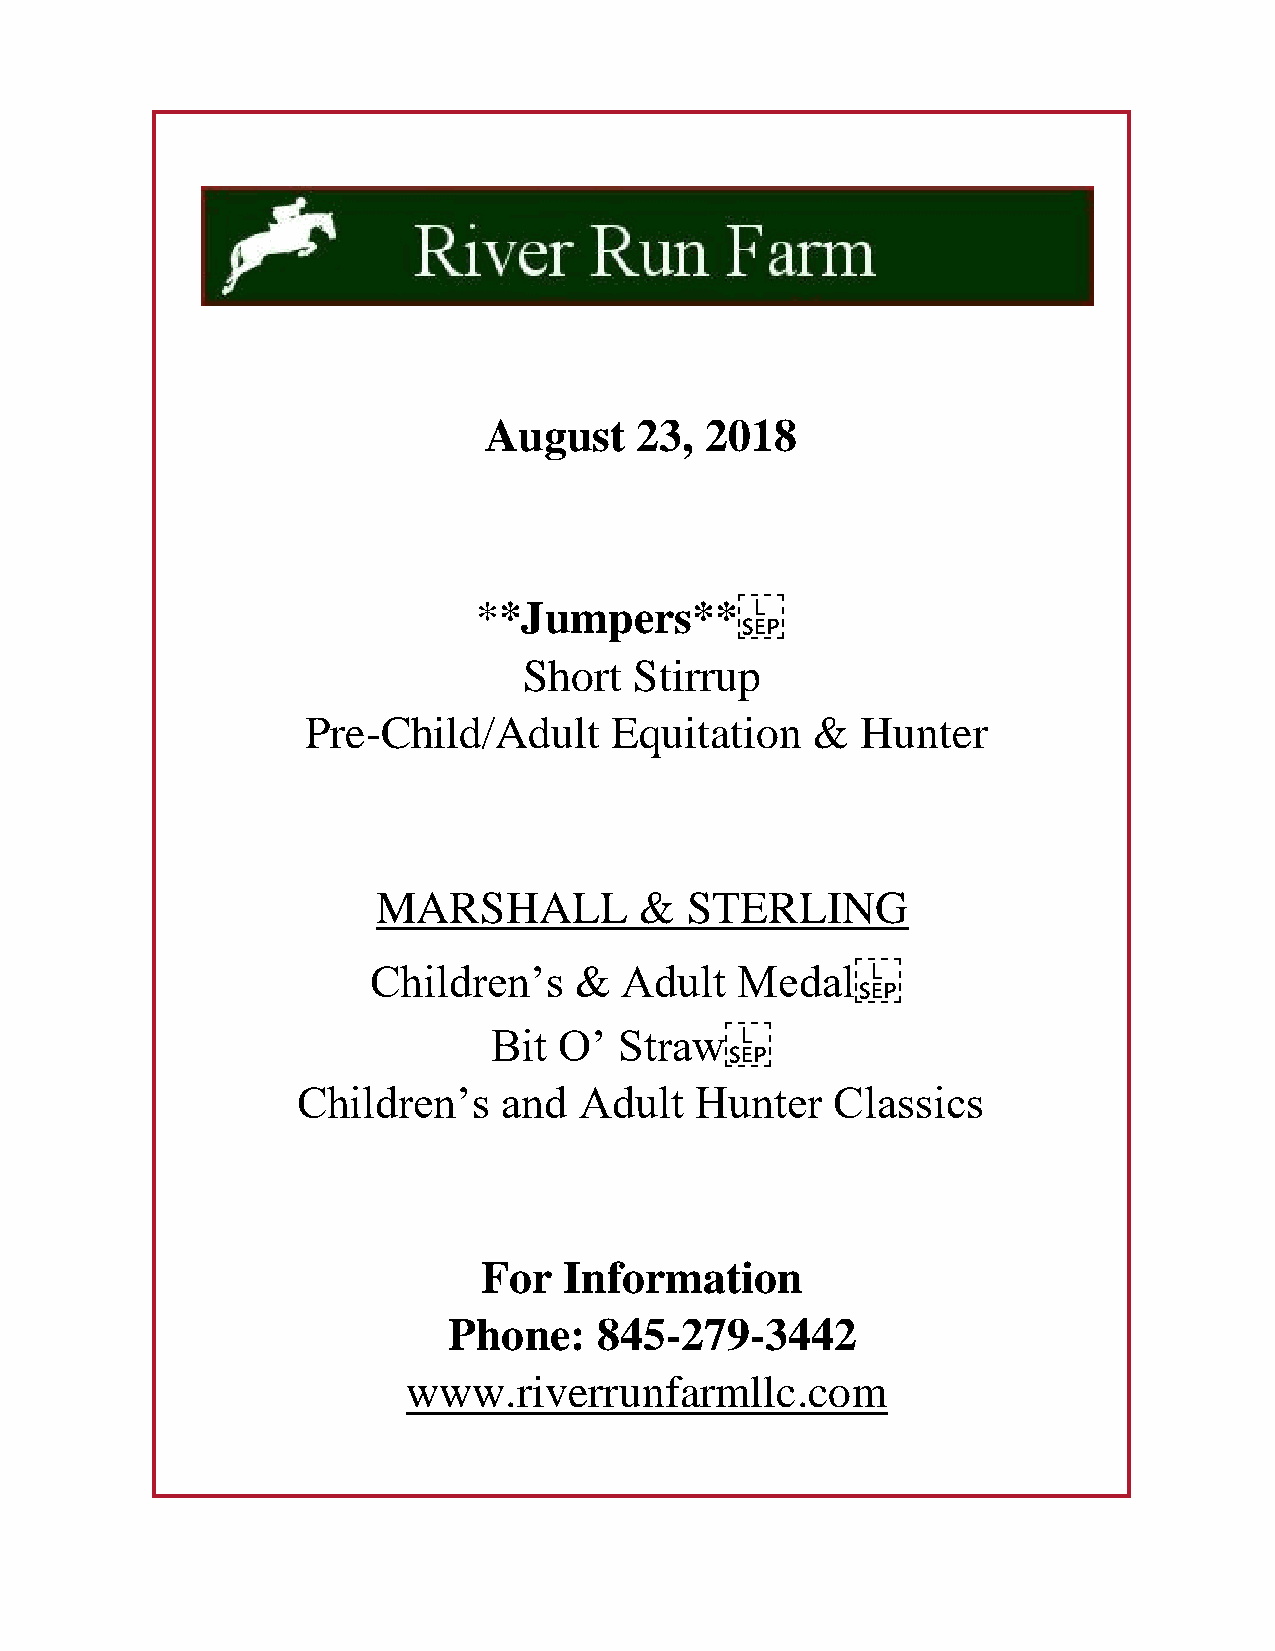
August    23,  2018
 **Jumpers**
 Short  Stirrup
 Pre-Child/Adult     Equitation    &  Hunter
 MARSHALL         &  STERLING
 Children’s    &  Adult   Medal
 Bit  O’  Straw
 Children’s   and  Adult   Hunter   Classics
 For  Information
 Phone:    845-279-3442
 www.riverrunfarmllc.com